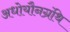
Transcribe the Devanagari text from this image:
अधोयौनग्रंथि